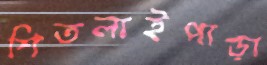
শিতলাইপাড়া